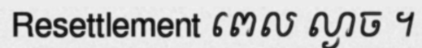
Resettlement ពេល ល្ងាច ។